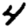
Digit: 4